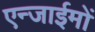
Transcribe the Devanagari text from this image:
एन्जाईमों